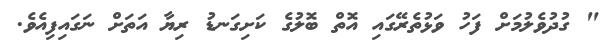
" ގުދުވެލުމަށް ފަހު ވަޅުތެރޭގައި އޮތް ބޮލުގެ ކަށިގަނޑު ރިޔާ އަތަށް ނަގައިފިއެވެ.